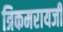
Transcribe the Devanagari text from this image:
त्रिकमरायजी